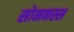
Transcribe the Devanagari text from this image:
सोमनस्स